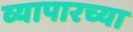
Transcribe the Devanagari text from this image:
व्यापारच्या